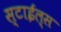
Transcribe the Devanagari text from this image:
स्टाईल्स